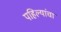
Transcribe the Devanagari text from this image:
पहिल्यांचा